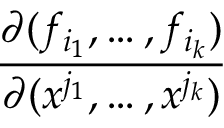
\frac { \partial ( f _ { i _ { 1 } } , \ldots , f _ { i _ { k } } ) } { \partial ( x ^ { j _ { 1 } } , \ldots , x ^ { j _ { k } } ) }